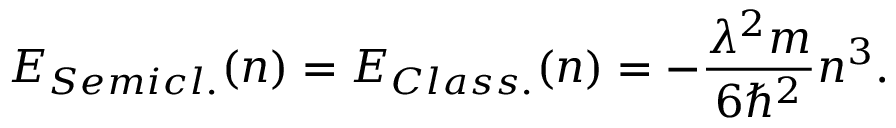
E _ { S e m i c l . } ( n ) = E _ { C l a s s . } ( n ) = - { \frac { \lambda ^ { 2 } m } { 6 \hbar ^ { 2 } } } n ^ { 3 } .